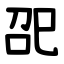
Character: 巶